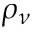
\rho _ { \nu }